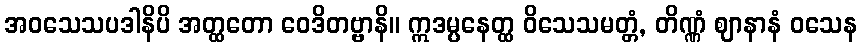
အဝသေသပဒါနိပိ အတ္ထတော ဝေဒိတဗ္ဗာနိ။ ဣဒမ္ပနေတ္ထ ဝိသေသမတ္တံ, တိဏ္ဏံ ဈာနာနံ ဝသေန